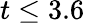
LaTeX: t\leq 3.6